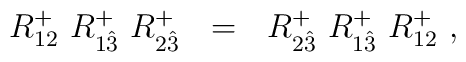
R^+_{{ 12}}~R^+_{1{\hat 3}} ~R^+_{2{\hat 3}} ~~=~~R^+_{2{\hat 3}}     ~R^+_{1{\hat 3}} ~R^+_{{ 12}} ~,